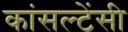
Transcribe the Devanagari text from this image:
कांसल्टेंसी